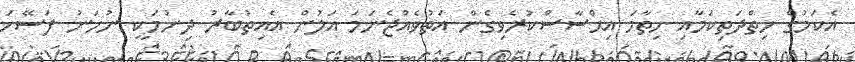
އެކަމުގެ ހިތްދަތިކަމާއި ހިތާމަ އިޙްސާސްކުރެވިގެން އަތުވެއްޖެނަމަ އަލުން އެއިތުބާރު ދިނުމަކީ ނުހަނު ފަސޭހަ